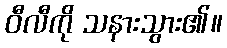
ဝီလီကို သနားသွား၏။